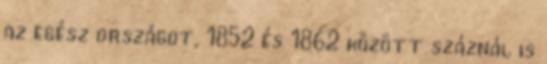
az egész országot, 1852 és 1862 között száznál is